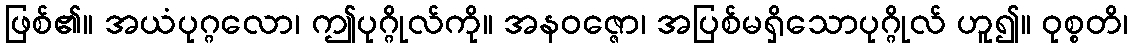
ဖြစ်၏။ အယံပုဂ္ဂလော၊ ဤပုဂ္ဂိုလ်ကို။ အနဝဇ္ဇော၊ အပြစ်မရှိသောပုဂ္ဂိုလ် ဟူ၍။ ဝုစ္စတိ၊